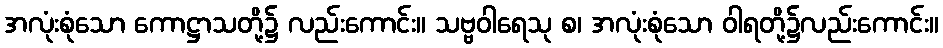
အလုံးစုံသော ကောဋ္ဌာသတို့၌ လည်းကောင်း။ သဗ္ဗဝါရေသု စ၊ အလုံးစုံသော ဝါရတို့၌လည်းကောင်း။